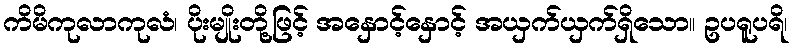
ကိမိကုလာကုလံ၊ ပိုးမျိုးတို့ဖြင့် အနှောင့်နှောင့် အယှက်ယှက်ရှိသော။ ဥပရူပရိ၊